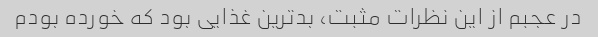
در عجبم از این نظرات مثبت، بدترین غذایی بود که خورده بودم